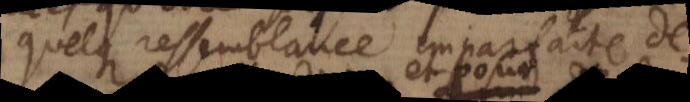
quelque ressemblance imparfaite de